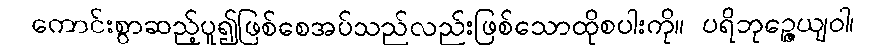
ကောင်းစွာဆည့်ပူ၍ဖြစ်စေအပ်သည်လည်းဖြစ်သောထိုစပါးကို။ ပရိဘုဉ္ဇေယျဝါ၊